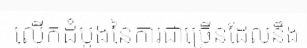
លើកដំបូងនៃការជាច្រើនដែលនឹង